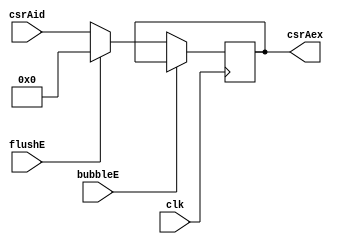
`timescale 1ns / 1ps
//////////////////////////////////////////////////////////////////////////////////
// Company: USTC 
// 
// Design Name: RV32I Core
// Module Name: CSRA_EX
// Tool Versions: Vivado 2017.4.1
// Description: CSR Register write back Address for ID\EX
// 
//////////////////////////////////////////////////////////////////////////////////


//  
    //  ID\EX?
// 
    // clk               
    //csrAid             CSR Register File
    // bubbleE           EXbubble
    // flushE            EXflush
// 
    // csrAex            CSR?
// 
    // 

module csrAddrid(
    input wire clk, bubbleE, flushE, 
    input wire [11:0] csrAid, 
    output reg [11:0] csrAex    
);

initial csrAex = 0;

always @ (posedge clk)
    if(!bubbleE)
    begin
        if(flushE)
            csrAex <= 0;
        else 
            csrAex <= csrAid;
    end

endmodule